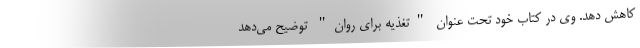
کاهش دهد. وی در کتاب خود تحت عنوان "تغذیه برای روان" توضیح می‌دهد